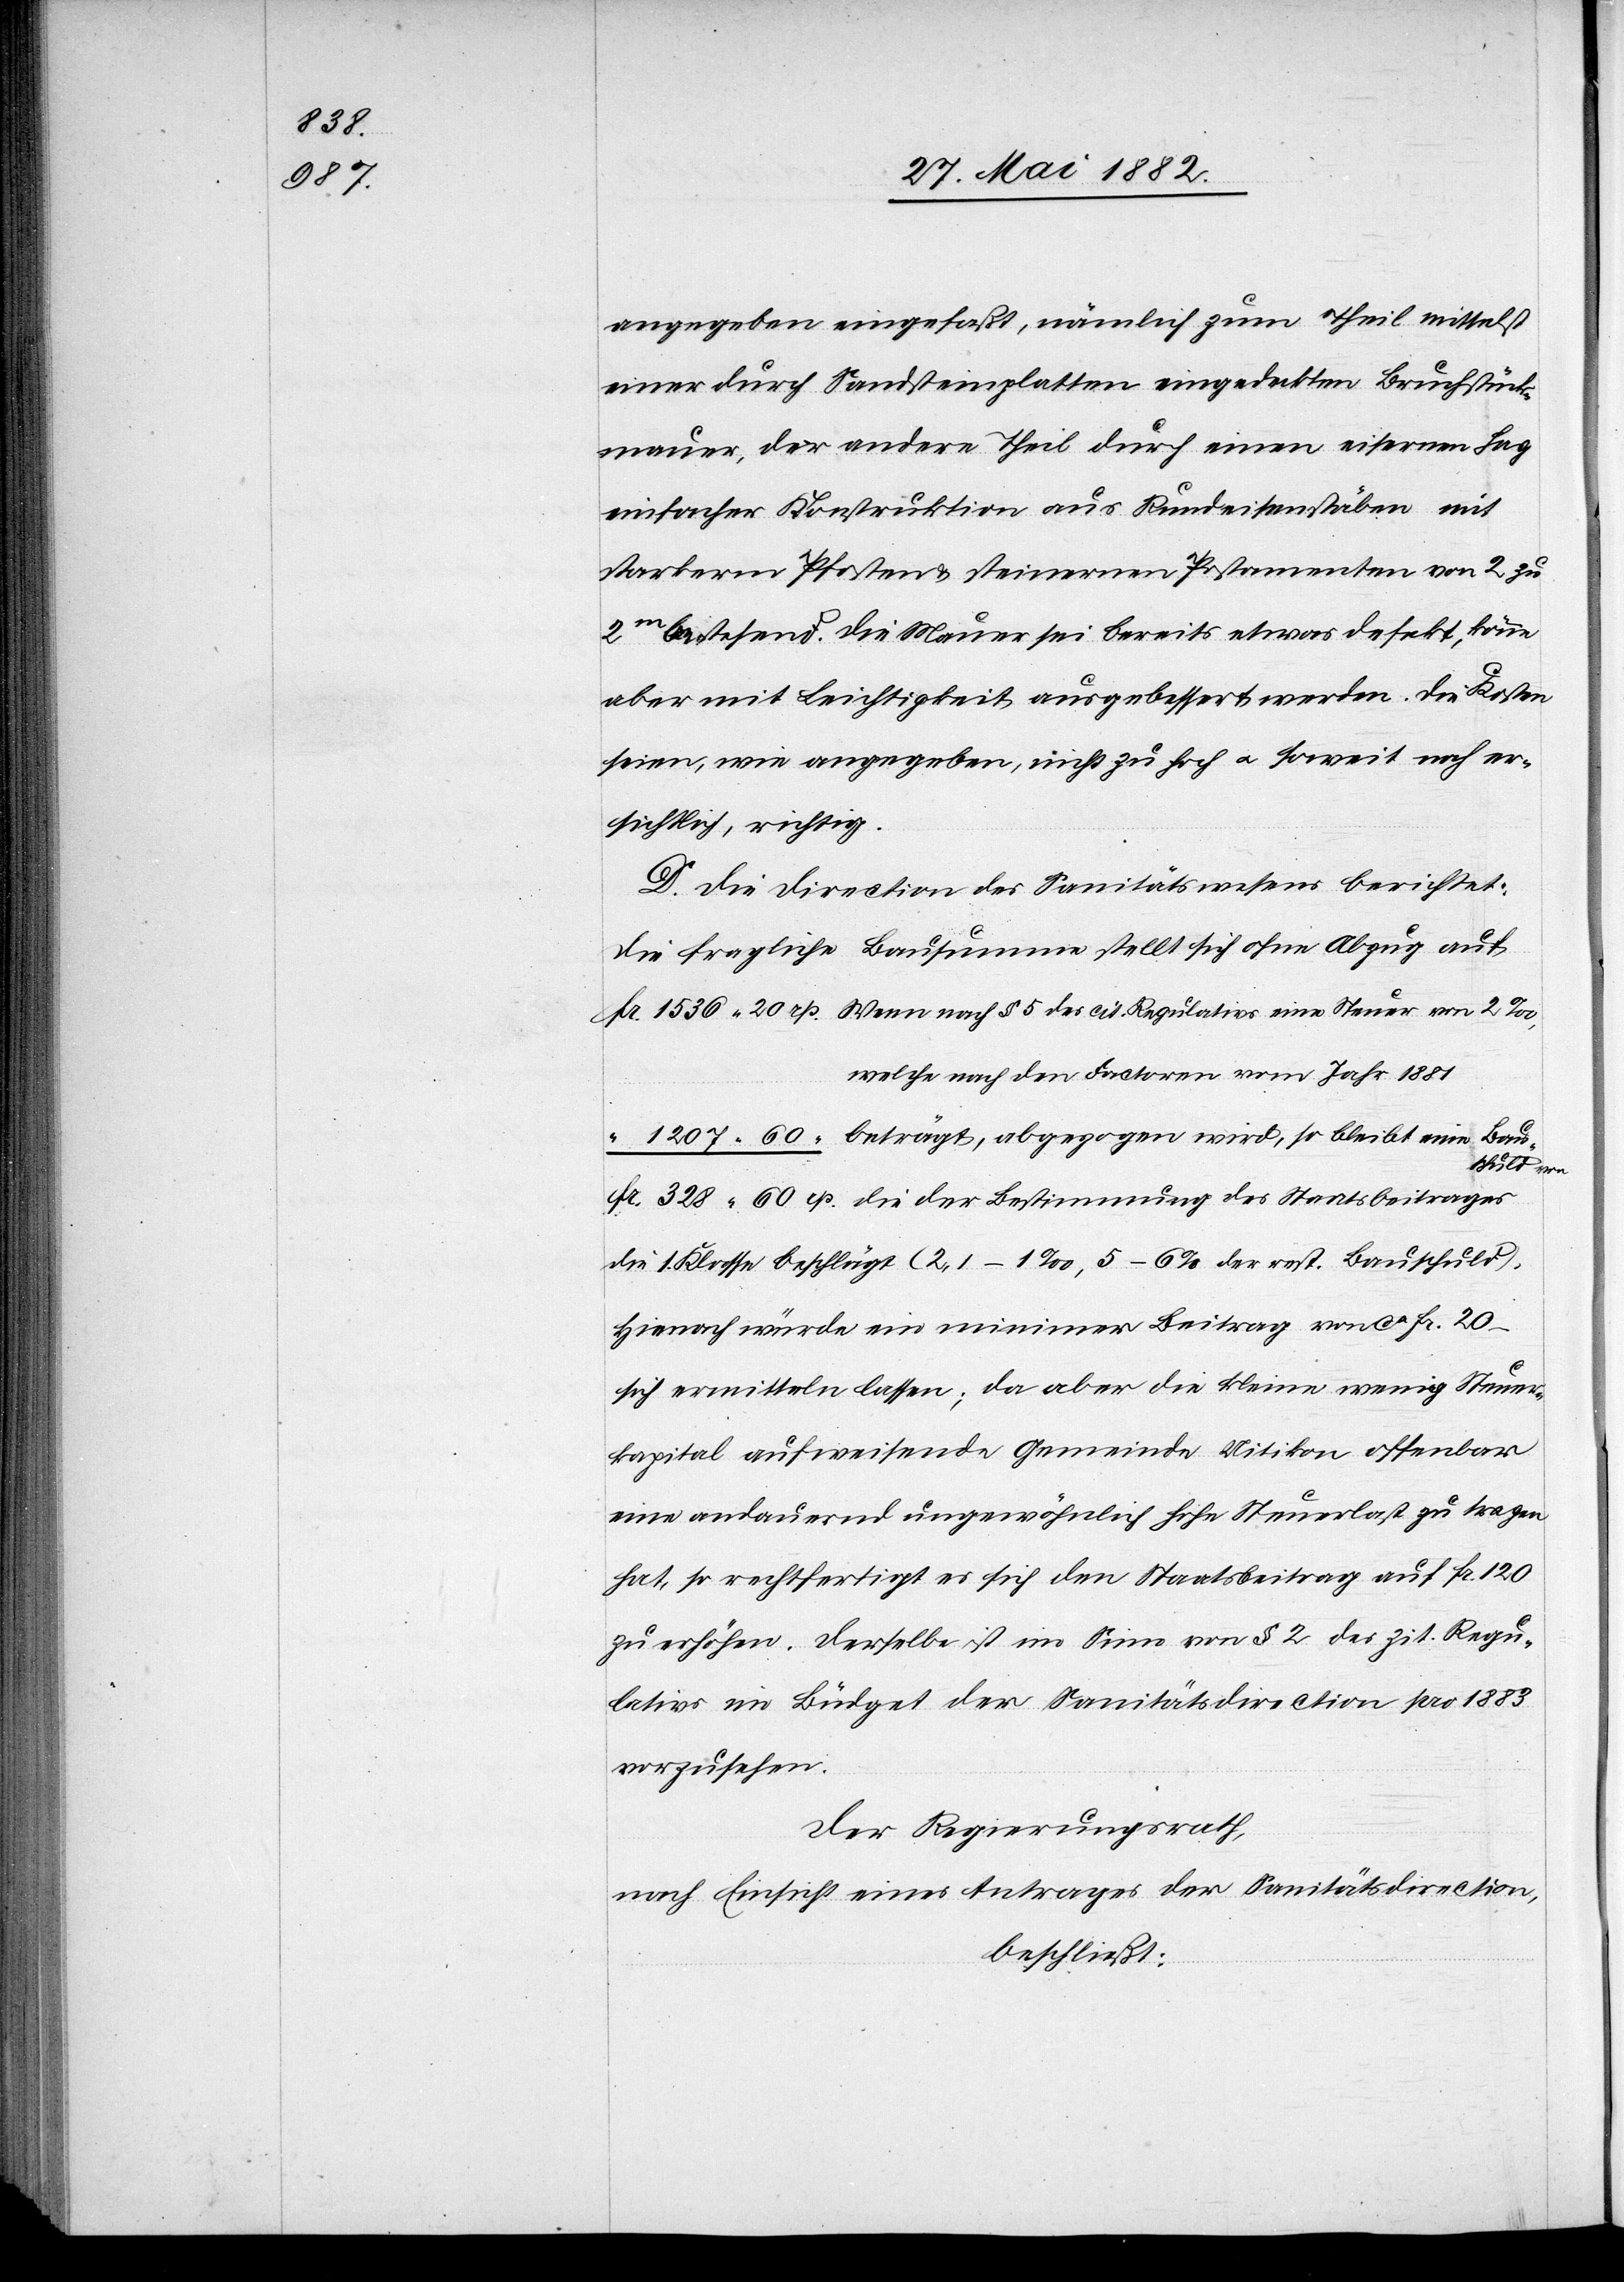
angegeben eingefaßt, nämlich zum Theil mittelst
einer durch Sandsteinplatten eingedeckten Bruchstück¬
mauer, der andere Theil durch einen eisernen Hag
einfacher Konstruktion aus Rundeisenstäben mit
stärkerm Pfosten & steinernen Postamenten von 2 zu
2m bestehend. Die Mauer sei bereits etwas defekt, könne
aber mit Leichtigkeit ausgebessert werden. Die Kosten
seien, wie angegeben, nicht zu hoch u. soweit noch er¬
sichtlich, richtig.
D. Die Direction des Sanitätswesens berichtet:
Die fragliche Bausumme stellt sich ohne Abzug auf
welche nach den Factoren vom Jahr 1881
die der
die 1. Klasse beschlägt [sic!] (2,1–1‰, 5–6% der rest. Bauschuld).
Hienach würde ein minimer Beitrag von ca Fr. 20.–
sich ermitteln lassen; da aber die kleine wenig Steuer¬
kapital aufweisende Gemeinde Uitikon offenbar
eine andauernd ungewöhnlich hohe Steuerlast zu tragen
hat, so rechtfertigt es sich den Staatsbeitrag auf Fr. 120
zu erhöhen. Derselbe ist im Sinne von § 2 des zit. Regu¬
lativs im Büdget der Sanitätsdirection pro 1883
vorzusehen.
Der Regierungsrath,
nach Einsicht eines Antrages der Sanitätsdirection,
beschließt:

von